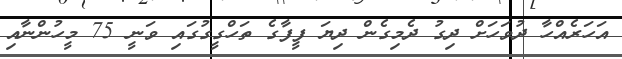
އަހަރެއްހާ ދުވަހަށް ދިގު ދެމިގެން ދިޔަ ފީފާގެ ތަހްގީގުގައި ވަނީ 75 މީހުންނާއި